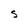
Character: S